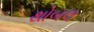
થોબલ